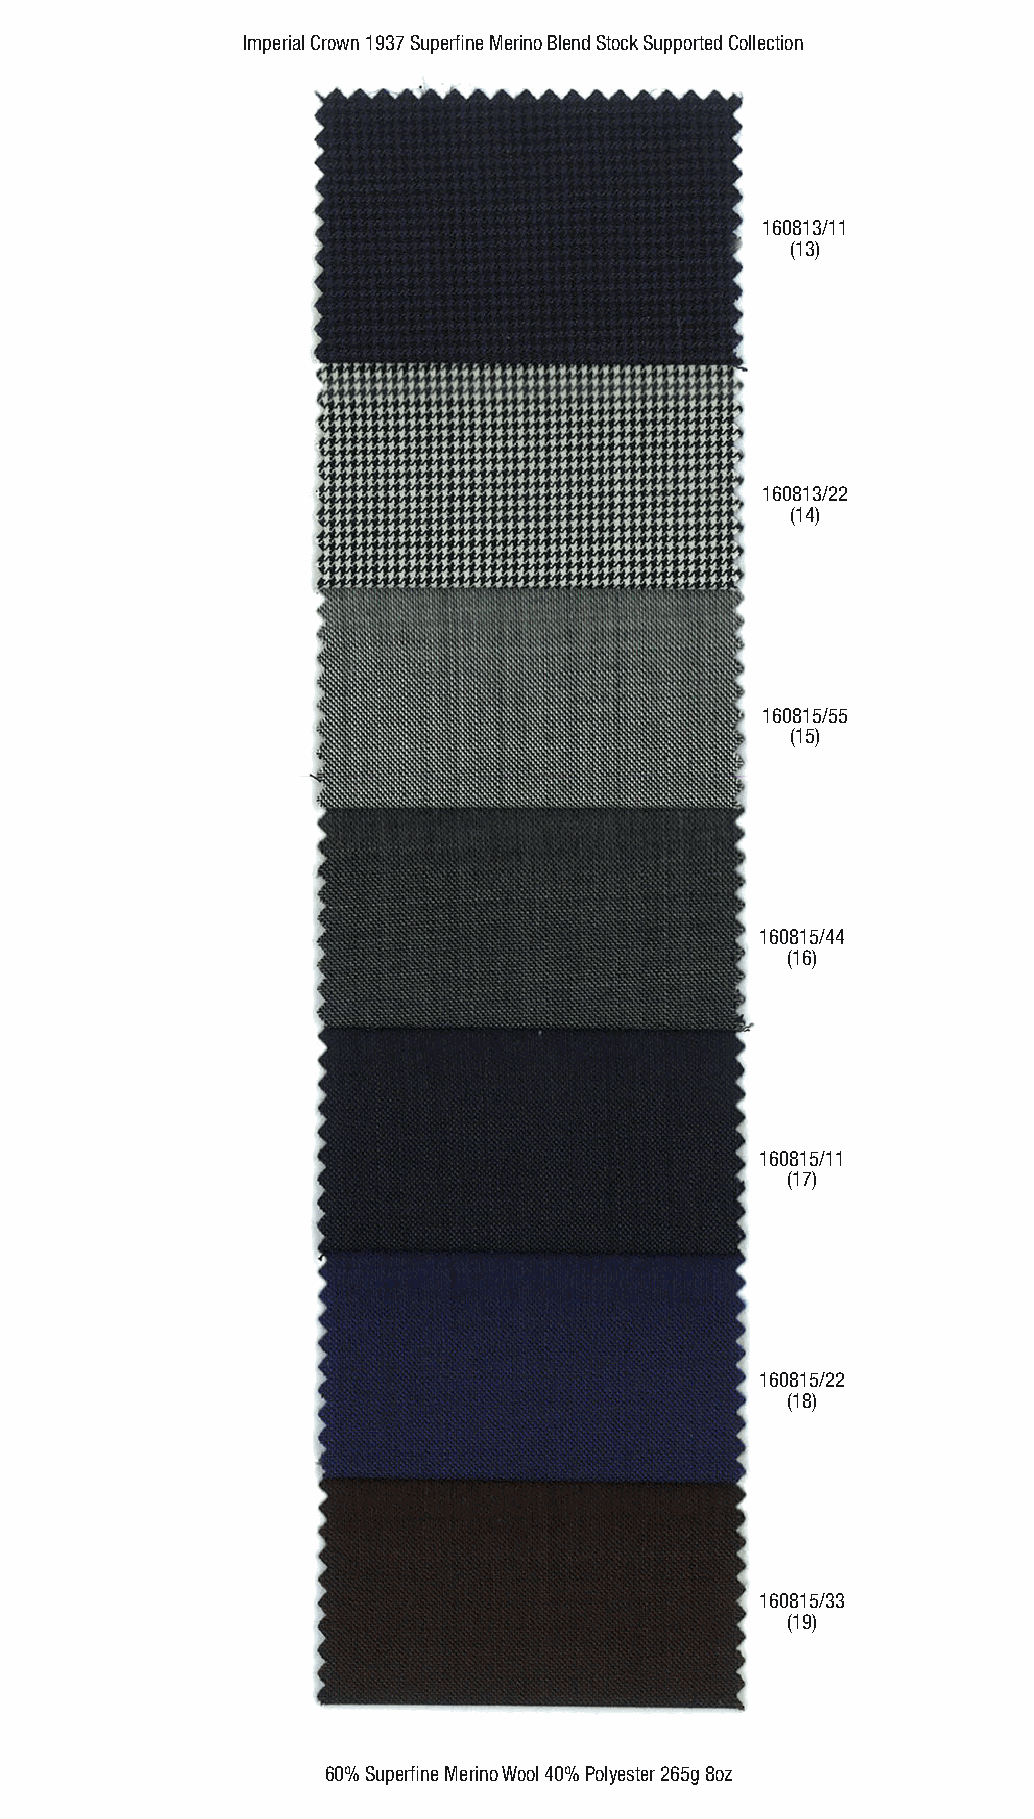
Imperial Crown 1937 Superfine Merino Blend Stock Supported Collection
 .                       .
 160813/11
 (13)
 160813/22
 (14)
 160815/55
 (15)
 160815/44
 (16)
 160815/11
 (17)
 160815/22
 (18)
 160815/33
 (19)
 60% Superfine Merino Wool 40% Polyester 265g 8oz